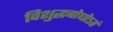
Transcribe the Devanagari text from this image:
विशुद्धबोधोऽहं